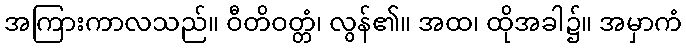
အကြားကာလသည်။ ဝီတိဝတ္တံ၊ လွန်၏။ အထ၊ ထိုအခါ၌။ အမှာကံ